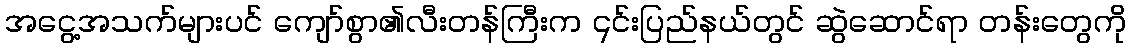
အငွေ့အသက်များပင် ကျော်စွာ၏လီးတန်ကြီးက ၎င်းပြည်နယ်တွင် ဆွဲဆောင်ရာ တန်းတွေကို